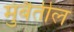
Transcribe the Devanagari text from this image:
मुंबैतील